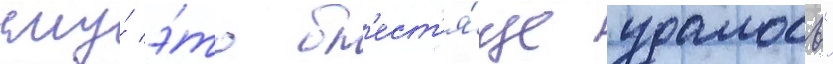
ему́ э́то бл'ест'я́ще удалось"